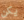
يكن